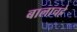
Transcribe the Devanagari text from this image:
बालाचह्रे